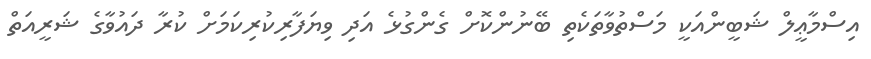
އިސްމާޢީލް ޝަބީންއަކީ މަސްތުވާތަކެތި ބޭނުންކޮށް ގެންގުޅެ އަދި ވިޔަފާރިކުރިކަމަށް ކުރާ ދައުވާގެ ޝަރީއަތް